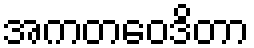
အကတဝေဒိတာ